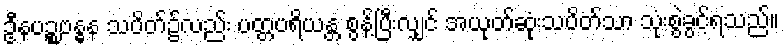
ဦနပဉ္စဗန္ဓန သပိတ်၌လည်း ပတ္တပရိယန္တ စွန့်ပြီးလျှင် အယုတ်ဆုံးသပိတ်သာ သုံးစွဲခွင့်ရသည်။